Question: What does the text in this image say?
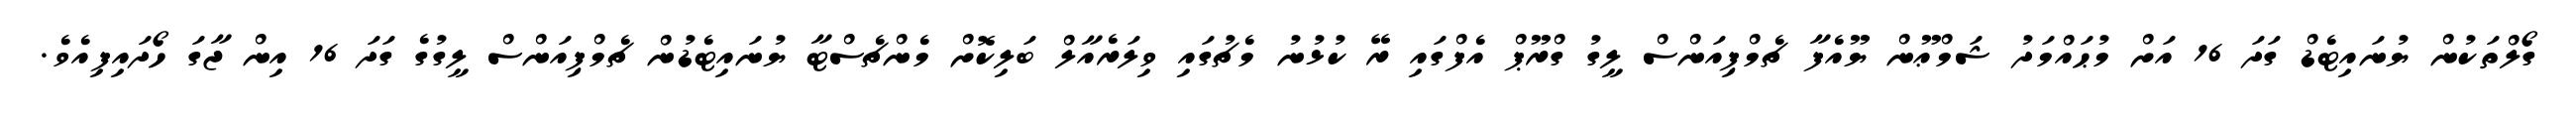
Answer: ގޯލްތަކުން ޔުނައިޓެޑް ގަދަ 16 އަށް މުޙައްމަދު ޝަމްޢޫން ޔޫއެފާ ޗެމްޕިއަންސް ލީގު ގްރޫޕް އެފްގައި ރޭ ކުޅުނު މެޗުގައި ވިލަރެއާލް ބަލިކޮށް މެންޗެސްޓާ ޔުނައިޓެޑުން ޗެމްޕިއަންސް ލީގުގެ ގަދަ 16 އިން ޖާގަ ހޯދައިފިއެވެ.